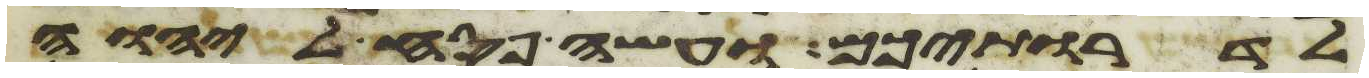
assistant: לדרתיכם ועשה פסח ליהוה